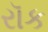
રૉક